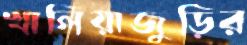
খালিয়াজুড়ির